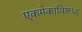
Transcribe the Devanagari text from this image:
एकमेकांविरूध्द